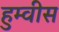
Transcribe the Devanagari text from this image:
हुम्वीस